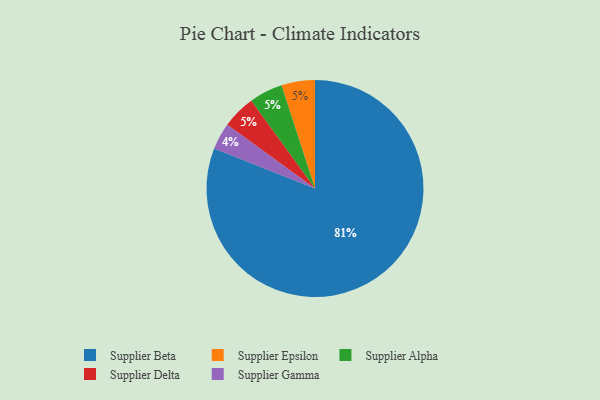
{"axis": {"x": "Category", "y": "Percentage"}, "legend": ["Supplier Alpha", "Supplier Beta", "Supplier Delta", "Supplier Epsilon", "Supplier Gamma"], "data": [{"x": "Supplier Gamma", "y": 4, "type": "Supplier Gamma"}, {"x": "Supplier Beta", "y": 81, "type": "Supplier Beta"}, {"x": "Supplier Epsilon", "y": 5, "type": "Supplier Epsilon"}, {"x": "Supplier Alpha", "y": 5, "type": "Supplier Alpha"}, {"x": "Supplier Delta", "y": 5, "type": "Supplier Delta"}]}